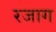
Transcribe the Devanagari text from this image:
रजाग